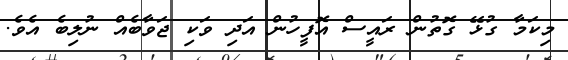
މިކަމާ ގުޅޭ ގޮތުން ރައީސް އޮފީހުން އަދި ވަކި ޖަވާބެއް ނުލިބެ އެވެ.